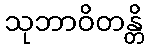
သုဘာဝိတန္တိ